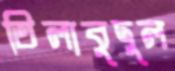
তিলাবুদুল